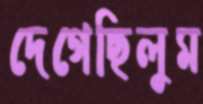
দেগেছিলুম